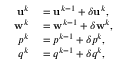
\begin{array} { r l } { \mathbf { u } ^ { k } } & { { } = \mathbf { u } ^ { k - 1 } + \delta \mathbf { u } ^ { k } , } \\ { \mathbf { w } ^ { k } } & { { } = \mathbf { w } ^ { k - 1 } + \delta \mathbf { w } ^ { k } , } \\ { p ^ { k } } & { { } = p ^ { k - 1 } + \delta p ^ { k } , } \\ { q ^ { k } } & { { } = q ^ { k - 1 } + \delta q ^ { k } , } \end{array}